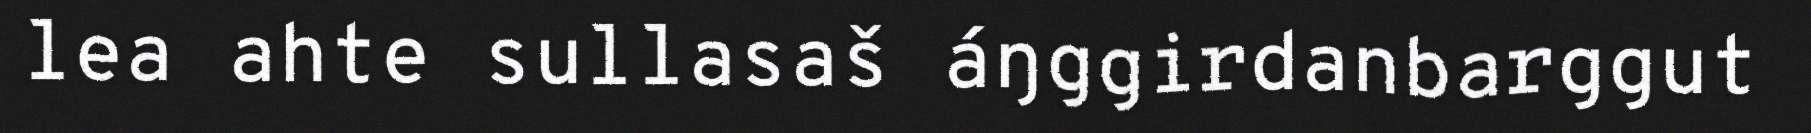
lea ahte sullasaš áŋggirdanbarggut